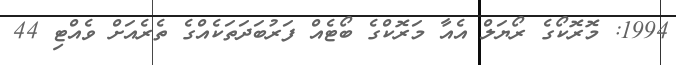
1994: މޮރޮކޯގެ ރޯޔަލް އެއާ މަރޮކްގެ ބޯޓެއް ފަރުބަދަތަކެއްގެ ތެރެއަށް ވެއްޓި 44